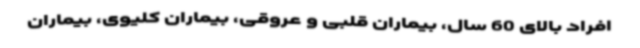
افراد بالای 60 سال، بیماران قلبی و عروقی، بیماران کلیوی، بیماران